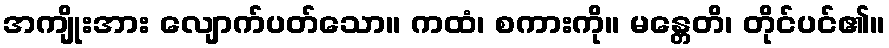
အကျိုးအား လျောက်ပတ်သော။ ကထံ၊ စကားကို။ မန္တေတိ၊ တိုင်ပင်၏။